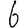
Digit: 6